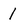
Character: I